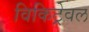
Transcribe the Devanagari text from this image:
विकिट्रेवल